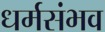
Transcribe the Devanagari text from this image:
धर्मसंभव